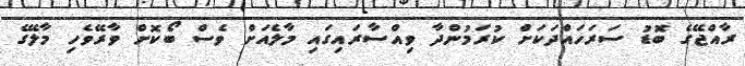
ރާއްޖޭގެ ބޮޑު ސަރަހައްދަކަށް ކުރަމުންދާ ވިއްސާރައިގަައި މާލެއަށް ވެސް ބޯކޮށް ވާރޭވެހި މާލޭގެ